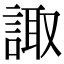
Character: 諏